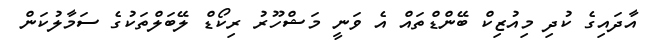
އާދައިގެ ކުދި މިއުޒިކް ބޭންޑްތައް އެ ވަނީ މަޝްހޫރު ރިކޯޑް ލޭބަލްތަކުގެ ސަމާލުކަން